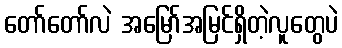
တော်တော်လဲ အမြော်အမြင်ရှိတဲ့လူတွေပဲ